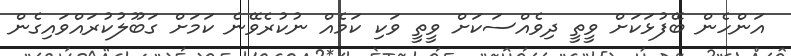
އަންހެން ބޭފުޅަކަށް ވީތީ ދިވެއްސަކަށް ވީތީ ވަކި ކަމެއް ނުކުރެވޭނެ ކަމަށް ގަބޫލުކުރައްވައިގެން